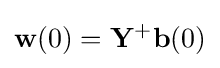
\mathbf {w} (0)=\mathbf {Y} ^{+}\mathbf {b} (0)